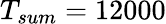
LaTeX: T_{sum}=12000